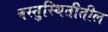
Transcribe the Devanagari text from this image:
वस्तुस्थितीतील